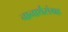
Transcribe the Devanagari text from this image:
नानार्थसंग्रह